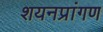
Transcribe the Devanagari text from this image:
शयनप्रांगण